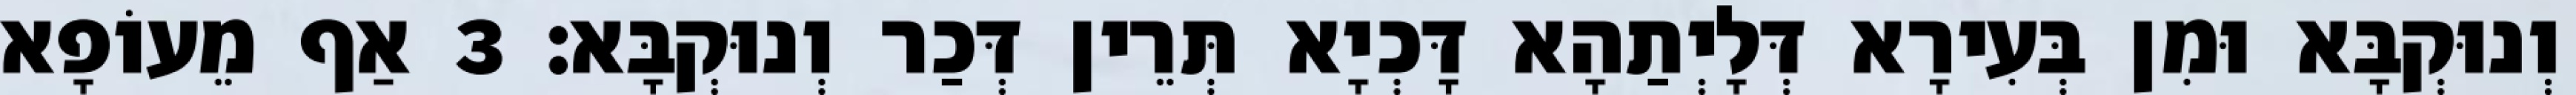
וְנוּקְבָּא וּמִן בְּעִירָא דְּלָיְתַהָא דָּכְיָא תְּרֵין דְּכַר וְנוּקְבָּא׃ 3 אַף מֵעוֹפָא